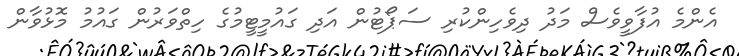
އެންމެ އުފާވީވެސް މަދު ދިވެހިންކުރި ސަޕޯޓުން އަދި ގައުމީޓީމުގެ ހިތްވަރުން ގައުމު މޮޅުވާން